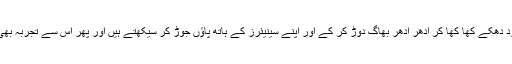
بیچارے صحافی خود دھکے کھا کھا کر ادھر اُدھر بھاگ دوڑ کر کے اور اپنے سینیئرز کے ہاتھ پاؤں جوڑ کر سیکھتے ہیں اور پھر اس سے تجربہ بھی حاصل کرتے ہیں۔